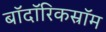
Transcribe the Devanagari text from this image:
बॉदॉरिकस्रॉम